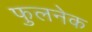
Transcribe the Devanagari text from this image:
फुलनेक